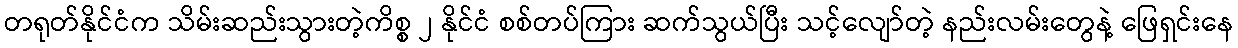
တရုတ်နိုင်ငံက သိမ်းဆည်းသွားတဲ့ကိစ္စ ၂ နိုင်ငံ စစ်တပ်ကြား ဆက်သွယ်ပြီး သင့်လျော်တဲ့ နည်းလမ်းတွေနဲ့ ဖြေရှင်းနေ